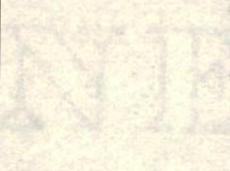
NE